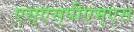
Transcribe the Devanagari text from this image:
एस्‌एस्‌पीएम्‌एस